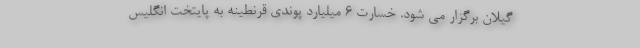
گیلان برگزار می شود. خسارت ۶ میلیارد پوندی قرنطینه به پایتخت انگلیس